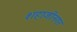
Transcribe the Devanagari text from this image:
शहाजीनगर